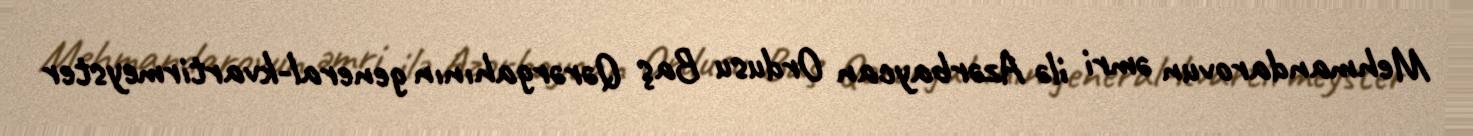
Mehmandarovun əmri ilə Azərbaycan Ordusu Baş Qərərgahının general-kvartirmeyster